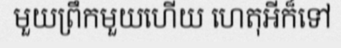
មួយព្រឹកមួយហើយ ហេតុអីក៏ទៅ